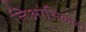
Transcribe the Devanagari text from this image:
लिओसिकला